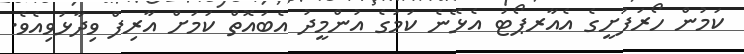
ކަމުން ހޯރަފުށީގެ އެއާރޕޯޓު އެޅޭނެ ކަމުގެ އުންމީދު އެބައޮތް ކަމަށް އާރިފް ވިދާޅުވިއެވެ.